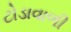
ટોડાવાળી